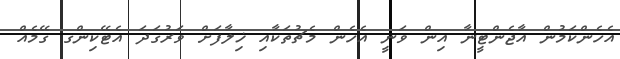
އެހެންކަމުން އާޖެންޓީނާ އިން ވަނީ އެހެން މެޗުތަކާއި ޚިލާފަށް ވަރުގަދަ އެޓޭކިންގ ގޭމެއް